Veterinary regulations India, 1939 -
Year: 1939
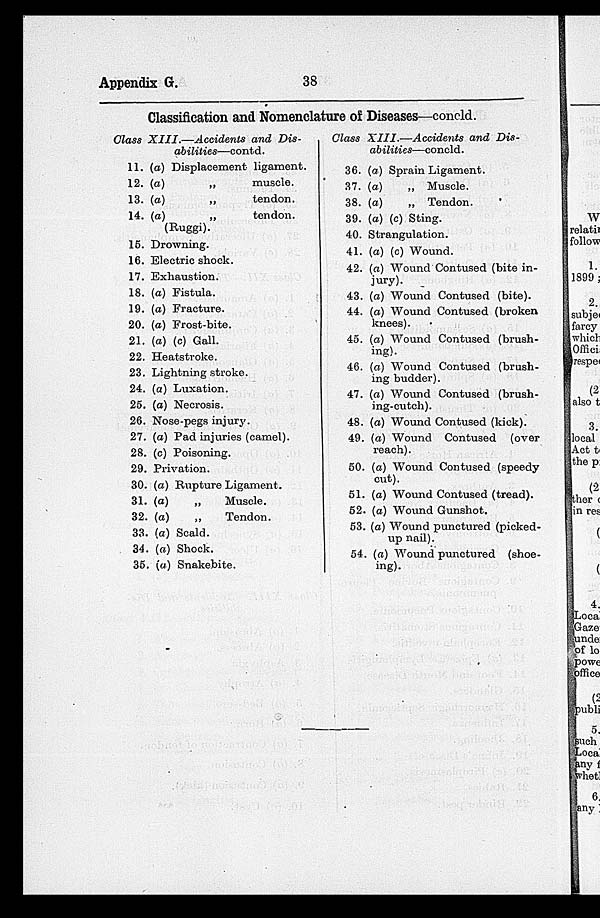
Appendix G.
38
Classification and Nomenclature of Diseases—concld.
Glass XIII.—Accidents
and Dis-
11.
12.
13.
14.
15.
16.
17.
18.
19.
20.
21.
22.
23.
24.
25.
26.
27.
28.
29.
30.
31.
32.
33.
34
35
abilities—contd.
(a) Displacement ligament.
(a)
„
muscle.
(a)
„
tendon.
(a)
„
tendon.
(Ruggi).
Drowning.
Electric shock.
Exhaustion.
(a) Fistula.
(a) Fracture.
(a) Frost-bite.
(a) (c) Gall.
Heatstroke.
Lightning stroke.
(a) Luxation.
(a) Necrosis.
Nose-pegs injury.
(a) Pad injuries (camel).
(c) Poisoning.
Privation.
(a) Rupture Ligament.
(a)
„
Muscle.
(a)
„
Tendon.
(a) Scald.
(a) Shock.
(a) Snakebite.
Class XIII.—Accidents
and Dis-
36.
37.
38.
39.
40.
41.
42.
43.
44.
45.
46.
47.
48.
49.
50.
61.
52
53.
54
abilities—concld.
(a) Sprain Ligament.
(a)
„ Muscle.
(a)
„ Tendon.
(a) (c) Sting.
Strangulation.
(a) (c) Wound.
(a) Wound Contused (bite in-
jury).
(a) Wound Contused (bite).
(a) Wound Contused (broken
knees).
(a) Wound Contused (brush-
ing).
(a) Wound Contused (brush-
ing budder).
(a) Wound Contused (brush-
ing-cutch).
(a) Wound Contused (kick).
(a) Wound Contused (over
reach).
(a) Wound Contused (speedy
cut).
(a) Wound Contused (tread).
(a) Wound Gunshot.
(a) Wound punctured (picked-
up nail).
(a) Wound punctured (shoe-
ing).